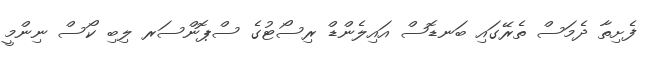
ފެށިތާ ދެމަސް ތެރޭގައި ބަނޑޮސް އައިލެންޑް ރިސޯޓުގެ ސްޕޮންސަރ ލިބި ކޯސް ނިންމީ